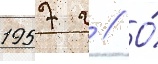
1957 г // О́